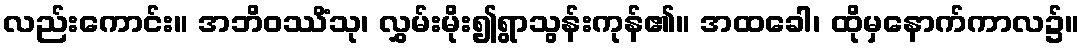
လည်းကောင်း။ အဘိဝဿိံသု၊ လွှမ်းမိုး၍ရွာသွန်းကုန်၏။ အထခေါ၊ ထိုမှနောက်ကာလ၌။